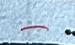
-